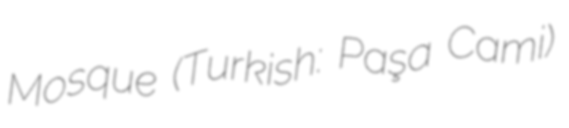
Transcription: Mosque (Turkish: Paşa Cami)